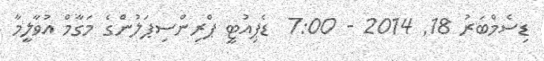
ޑިސެމްބަރު 18